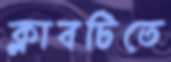
ক্লাবটিতে